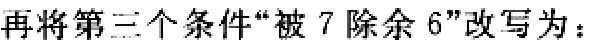
再将第三个条件“被 7 除余 6”改写为：